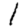
Digit: 1